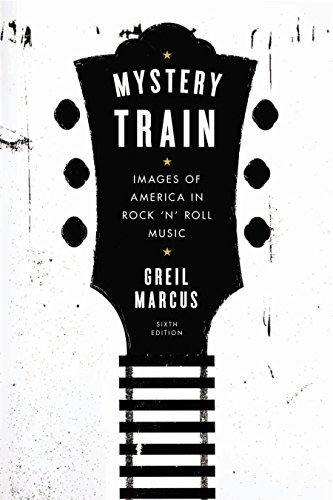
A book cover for Mystery Train: Images of America in Rock 'n' Roll Music: Sixth Edition; Greil Marcus; Humor & Entertainment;